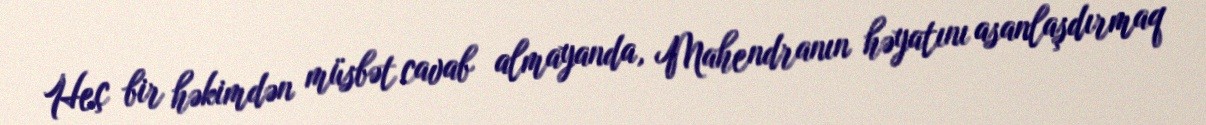
Heç bir həkimdən müsbət cavab almayanda, Mahendranın həyatını asanlaşdırmaq